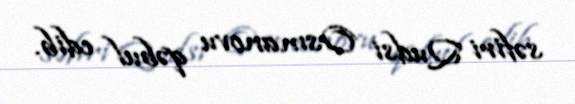
səfiri Qudsi Osmanovu qəbul edib.